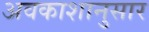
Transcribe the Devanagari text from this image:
अवकाशानुसार